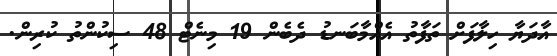
އާދަޔާ ހިލާފަށް ތަފާތު އެއްމާބަނޑު ދެބެން 19 މިނެޓް 48 ސިކުންތު ކުރިން.